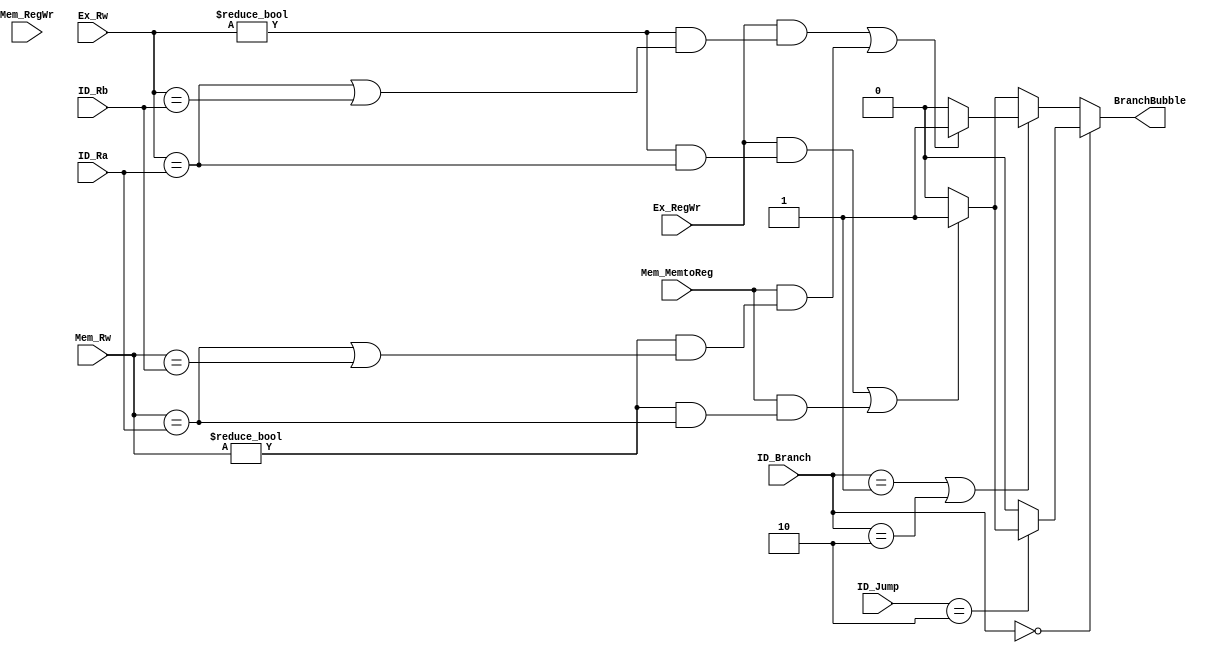
module BranchBubbleUnit(ID_Ra, ID_Rb, Ex_RegWr, Ex_Rw, Mem_RegWr, Mem_MemtoReg, Mem_Rw,
						BranchBubble, ID_Branch, ID_Jump);

	input[4:0] ID_Ra, ID_Rb, Ex_Rw, Mem_Rw;
	input Ex_RegWr, Mem_RegWr, Mem_MemtoReg;
	input[2:0]	ID_Branch;
	input[1:0] ID_Jump;

	output reg BranchBubble;

	initial begin
		BranchBubble = 0;
	end

	always @(*) begin
		if (ID_Branch == 3'b000) begin //no Branch
			if (ID_Jump == 2'b10) begin //JR JALR
				if (((Ex_RegWr == 1) && (Ex_Rw != 0 && Ex_Rw == ID_Ra)) || 
				    ((Mem_MemtoReg == 1) && (Mem_Rw != 0 && Mem_Rw == ID_Ra))) begin
				  	BranchBubble <= 1;
				end else begin
				 	BranchBubble <= 0; 	
				end 		
			end
			else begin
				BranchBubble <= 0;
			end
		end else if (ID_Branch == 3'b001 || ID_Branch == 3'b010) begin //beq,bne
			if (((Ex_RegWr == 1) && (Ex_Rw != 0 && (Ex_Rw == ID_Ra || Ex_Rw == ID_Rb))) || 
			    ((Mem_MemtoReg == 1) && (Mem_Rw != 0 && (Mem_Rw == ID_Ra || Mem_Rw == ID_Rb)))) begin 
			  	BranchBubble <= 1;
			end else begin
			 	BranchBubble <= 0; 	
			end 
		end else begin //bgez, bltz, bgtz, blez
			if (((Ex_RegWr == 1) && (Ex_Rw != 0 && Ex_Rw == ID_Ra)) ||
			    ((Mem_MemtoReg == 1) && (Mem_Rw != 0 && Mem_Rw == ID_Ra))) begin
			  	BranchBubble <= 1;
			end else begin
			 	BranchBubble <= 0;
			end 						
		end
	end
	
endmodule